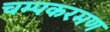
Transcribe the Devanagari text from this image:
चम्पकरमण